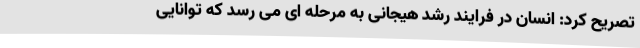
تصریح کرد: انسان در فرایند رشد هیجانی به مرحله ای می رسد که توانایی